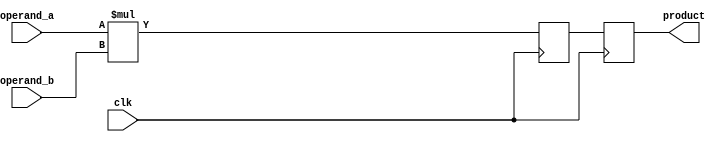
module booth_multiplier(
    input [15:0] operand_a,
    input [15:0] operand_b,
    input clk,
    output reg [31:0] product
);

reg [31:0] multiplier_result;
reg [31:0] partial_product;

always @(posedge clk) begin
    partial_product <= {16'b0, operand_a} * {16'b0, operand_b};
    multiplier_result <= partial_product;
end

assign product = multiplier_result;

endmodule